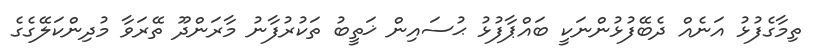
ތިމާގެފުޅު އަނެއް ދެބޭފުޅުންނަކީ ބައްޕާފުޅު ޙުސައިން ޚަތީބު ތަކުރުފާނު މާރަންދޫ ތޭރަވާ މުދިންކަލޭގެގެ